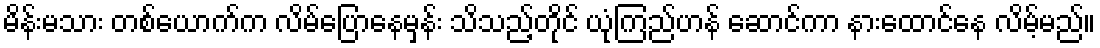
မိန်းမသား တစ်ယောက်က လိမ်ပြောနေမှန်း သိသည့်တိုင် ယုံကြည်ဟန် ဆောင်ကာ နားထောင်နေ လိမ့်မည်။